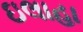
ઇલાહા